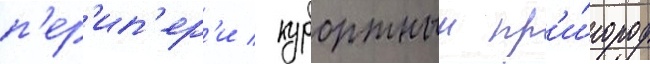
п'ер'ип'ер'и / курортныи пр'и́город